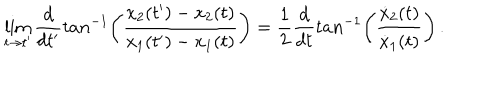
LaTeX: \lim _ { t \rightarrow t ^ { \prime } } { \frac { d } { d t ^ { \prime } } } t a n ^ { - 1 } \biggl ( { \frac { x _ { 2 } ( t ^ { \prime } ) - x _ { 2 } ( t ) } { x _ { 1 } ( t ^ { \prime } ) - x _ { 1 } ( t ) } } \biggr ) = { \frac { 1 } { 2 } } { \frac { d } { d t } } t a n ^ { - 1 } \biggl ( { \frac { { \dot { x } } _ { 2 } ( t ) } { { \dot { x } } _ { 1 } ( t ) } } \biggr ) \, .